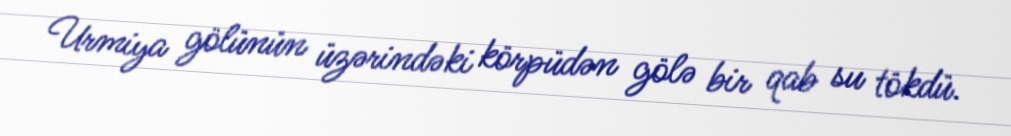
Urmiya gölünün üzərindəki körpüdən gölə bir qab su tökdü.